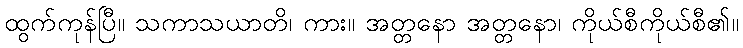
ထွက်ကုန်ပြီ။ သကာသယာတိ၊ ကား။ အတ္တနော အတ္တနော၊ ကိုယ်စီကိုယ်စီ၏။